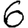
Digit: 6